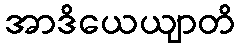
အာဒိယေယျာတိ